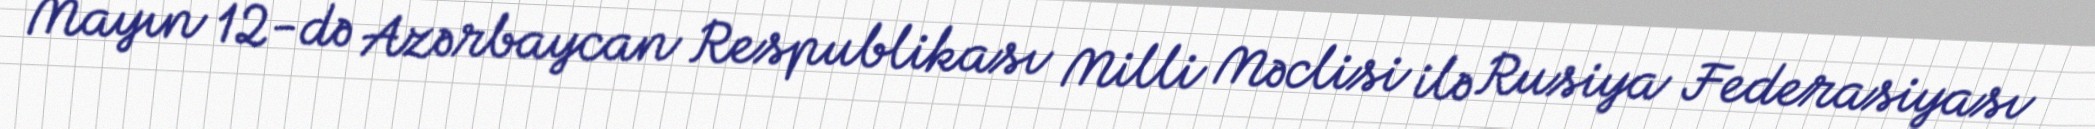
Mayın 12-də Azərbaycan Respublikası Milli Məclisi ilə Rusiya Federasiyası